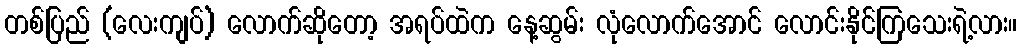
တစ်ပြည် (လေးကျပ်) လောက်ဆိုတော့ အရပ်ထဲက နေ့ဆွမ်း လုံလောက်အောင် လောင်းနိုင်ကြသေးရဲ့လား။